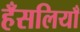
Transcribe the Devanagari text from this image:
हँसलियाँ